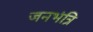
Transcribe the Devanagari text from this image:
जनभंत्रि